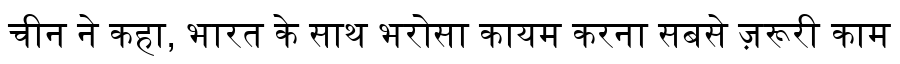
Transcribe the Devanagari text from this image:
चीन ने कहा, भारत के साथ भरोसा कायम करना सबसे ज़रूरी काम